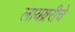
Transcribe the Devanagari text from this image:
लायब्ररीचे